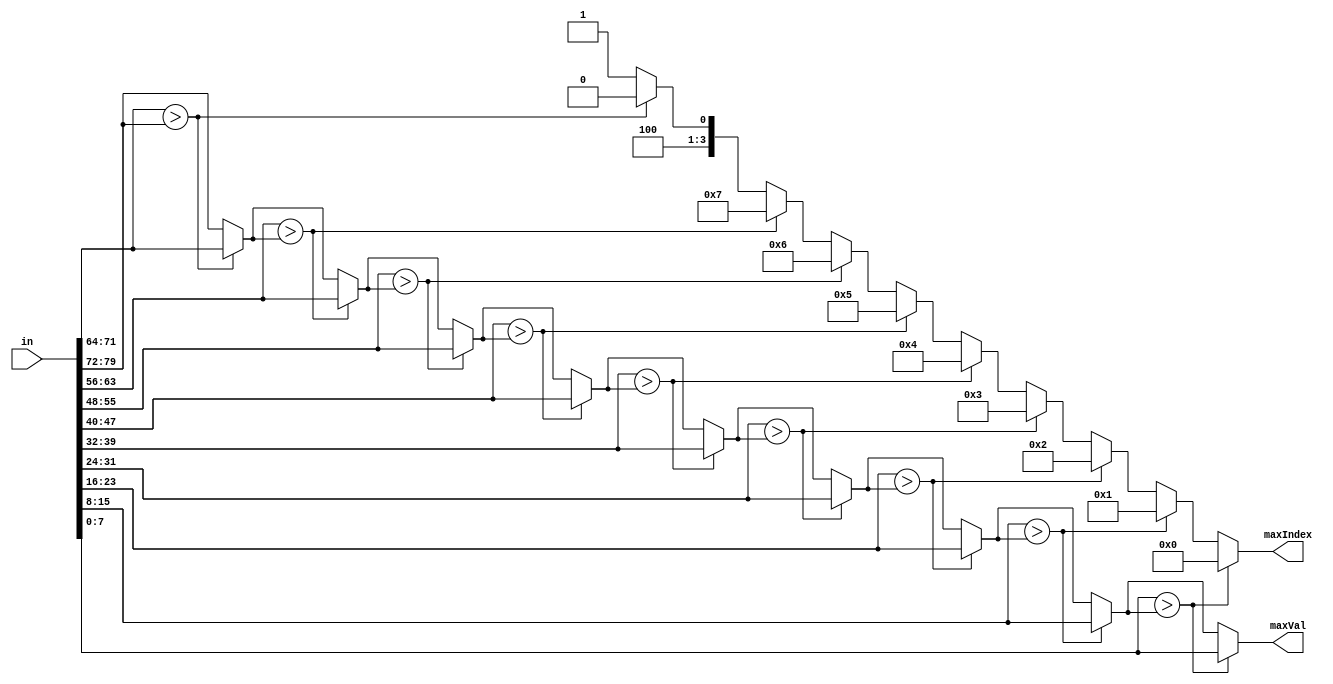
module Comparator (in, maxIndex, maxVal);
    input [10*8-1:0] in;
    output reg [3:0] maxIndex;
    output [7:0] maxVal;
    
    reg [7:0] currMax;

    always @(in) begin
        currMax = in[10*8-1:9*8];
        maxIndex = 4'b1001;
        if(in[9*8-1:8*8] > currMax) begin maxIndex = 4'b1000; currMax = in[9*8-1:8*8]; end
        if(in[8*8-1:7*8] > currMax) begin maxIndex = 4'b0111; currMax = in[8*8-1:7*8]; end
        if(in[7*8-1:6*8] > currMax) begin maxIndex = 4'b0110; currMax = in[7*8-1:6*8]; end
        if(in[6*8-1:5*8] > currMax) begin maxIndex = 4'b0101; currMax = in[6*8-1:5*8]; end
        if(in[5*8-1:4*8] > currMax) begin maxIndex = 4'b0100; currMax = in[5*8-1:4*8]; end
        if(in[4*8-1:3*8] > currMax) begin maxIndex = 4'b0011; currMax = in[4*8-1:3*8]; end
        if(in[3*8-1:2*8] > currMax) begin maxIndex = 4'b0010; currMax = in[3*8-1:2*8]; end
        if(in[2*8-1:1*8] > currMax) begin maxIndex = 4'b0001; currMax = in[2*8-1:1*8]; end
        if(in[1*8-1:0] > currMax) begin maxIndex <= 4'b0000; currMax = in[1*8-1:0]; end
    end
    assign maxVal = currMax;
endmodule